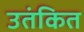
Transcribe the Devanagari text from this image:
उतंकित